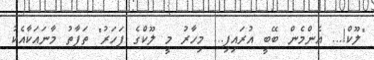
"ލޫކް!... އެންމެން ބޭބީ އުރައިފި... މިހާރު މީ ލޫކްގެ ފަހަރު" ތަފާތު މާނައަކާއެކު